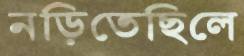
নড়িতেছিলে